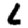
Digit: 6